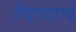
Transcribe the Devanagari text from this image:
चित्र्याचे